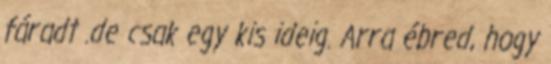
fáradt .de csak egy kis ideig. Arra ébred, hogy